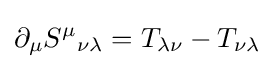
\partial _{\mu }{S^{\mu }}_{\nu \lambda }=T_{\lambda \nu }-T_{\nu \lambda }